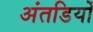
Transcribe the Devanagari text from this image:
अंतडियों